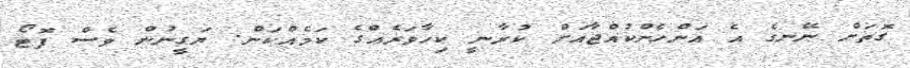
ގޮތަށް ނޭނގެ އެ އަންހެންކުއްޖާއަށް ކުރާނީ ކިހާވަރެއްގެ ކަމެއްކަން. ޔަގީނުން ވެސް ފޮޓޯ